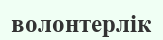
волонтерлік